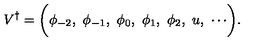
V ^ { \dagger } = \biggl ( \phi _ { - 2 } , \ \phi _ { - 1 } , \ \phi _ { 0 } , \ \phi _ { 1 } , \ \phi _ { 2 } , \ u , \ \cdots \biggr ) .